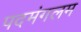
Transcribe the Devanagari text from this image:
पदमंगलम